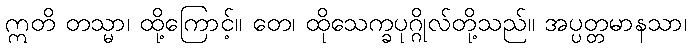
ဣတိ တသ္မာ၊ ထို့ကြောင့်။ တေ၊ ထိုသေက္ခပုဂ္ဂိုလ်တို့သည်။ အပ္ပတ္တမာနသာ၊